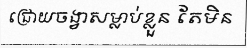
ជ្រោយចង្វាសម្លាប់ខ្លួន តែមិន